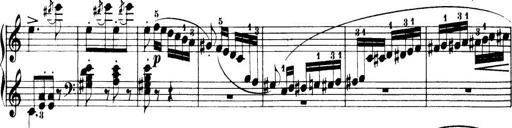
Title: 32 Sonatinas and Rondos for the Piano
Composer: Richard Kleinmichel